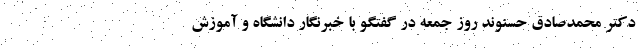
دکتر محمدصادق حسنوند روز جمعه در گفتگو با خبرنگار دانشگاه و آموزش